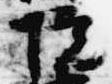
院